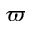
\varpi